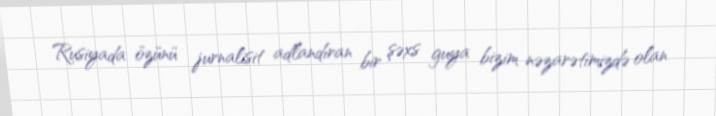
Rusiyada özünü jurnalisit adlandıran bir şəxs guya bizim nəzarətimizdə olan